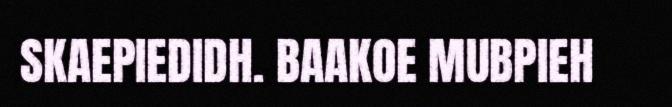
SKAEPIEDIDH. BAAKOE MUBPIEH